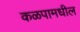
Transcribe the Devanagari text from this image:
कळपामधील